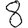
Digit: 8